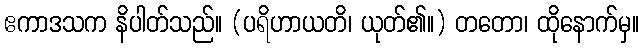
ဧကာဒသက နိပါတ်သည်။ (ပရိဟာယတိ၊ ယုတ်၏။) တတော၊ ထိုနောက်မှ။